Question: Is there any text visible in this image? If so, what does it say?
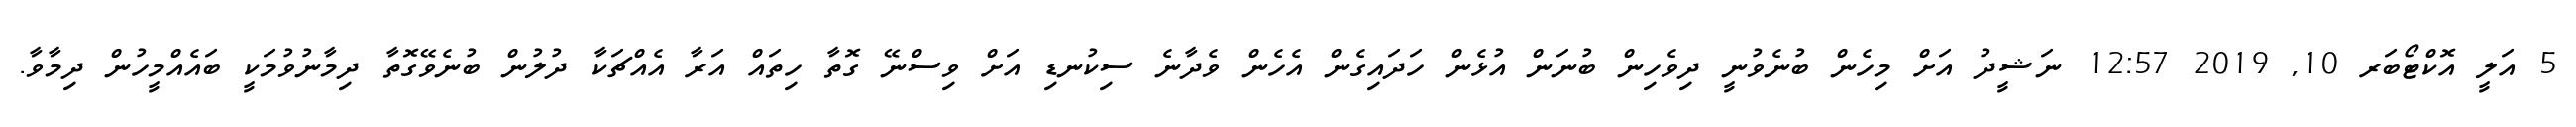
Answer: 5 އަލީ އޮކްޓޯބަރ 10, 2019 12:57 ނަޝީދު އަށް މިހެން ބުނެވުނީ ދިވެހިން ބުނަން އުޅެން ހަދައިގެން އެހެން ވެދާނެ ސިކުނޑި އަށް ވިސްނޭ ގޮތާ ހިތައް އަރާ އެއްޗަކާ ދުލުން ބުނެވޭގޮތާ ދިމާނުވުމަކީ ބައެއްމީހުން ދިމާވާ.